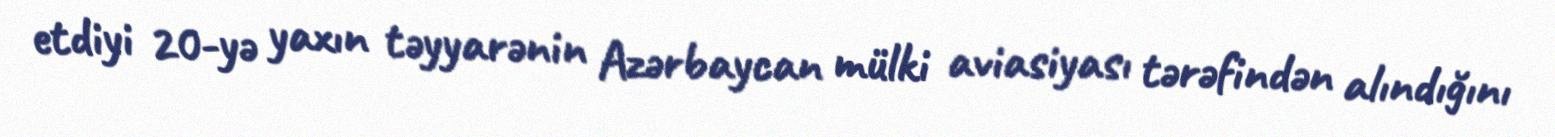
etdiyi 20-yə yaxın təyyarənin Azərbaycan mülki aviasiyası tərəfindən alındığını